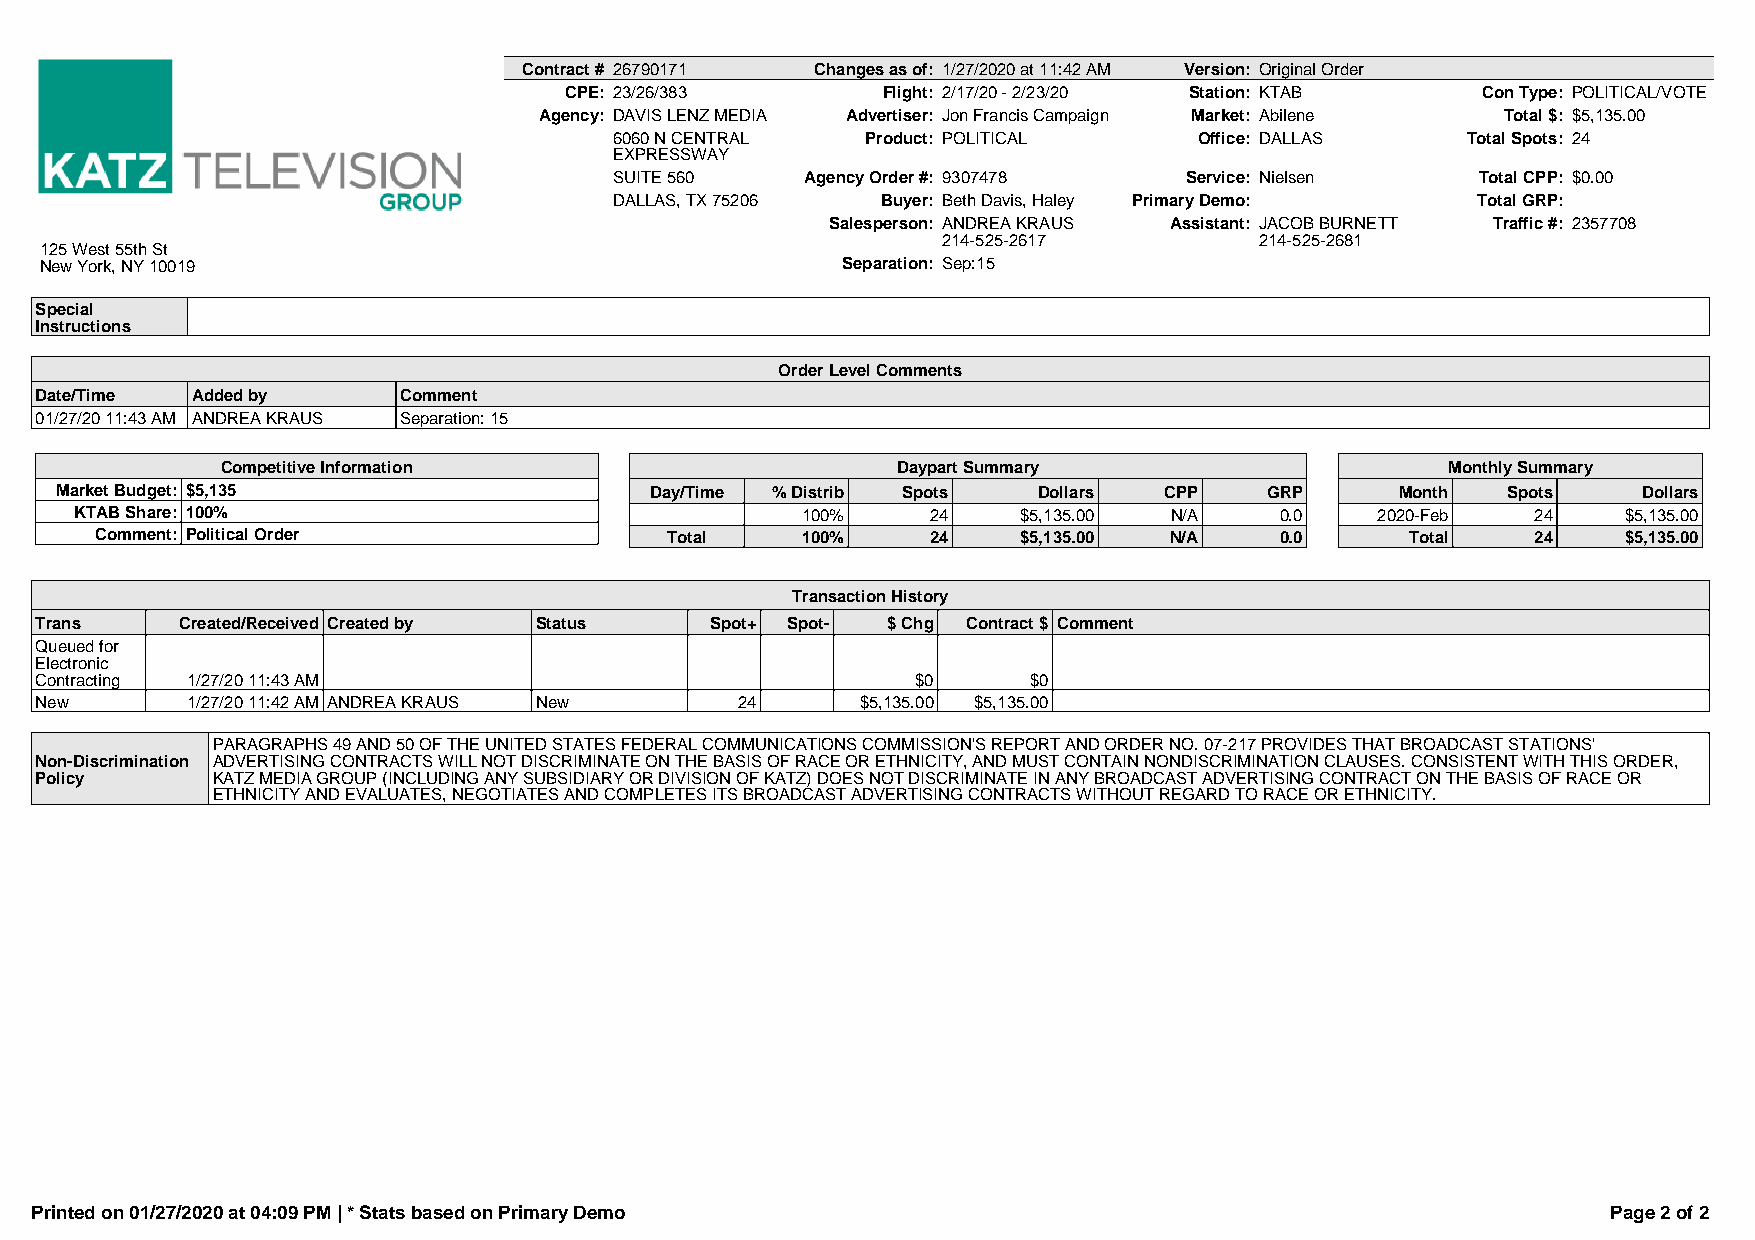
Contract # 26790171 Changes as of: 1/27/2020 at 11:42 AM Version: Original Order
 CPE: 23/26/383       Flight: 2/17/20 - 2/23/20 Station: KTAB Con Type: POLITICAL/VOTE
 Agency: DAVIS LENZ MEDIA Advertiser: Jon Francis Campaign Market: Abilene Total $: $5,135.00
 6060 N CENTRAL  Product: POLITICAL    Office: DALLAS    Total Spots: 24
 EXPRESSWAY
 SUITE 560   Agency Order #: 9307478  Service: Nielsen    Total CPP: $0.00
 DALLAS, TX 75206 Buyer: Beth Davis, Haley Primary Demo:  Total GRP:
 Salesperson: ANDREA KRAUS Assistant: JACOB BURNETT Traffic #: 2357708
 214-525-2617         214-525-2681
 125 West 55th St
 New York, NY 10019                                   Separation: Sep:15
 Special
 Instructions
 Order Level Comments
 Date/Time  Added by     Comment
 01/27/20 11:43 AM ANDREA KRAUS Separation: 15
 Competitive Information                     Daypart Summary                      Monthly Summary
 Market Budget: $5,135                  Day/Time % Distrib Spots  Dollars CPP    GRP      Month  Spots    Dollars
 KTAB Share: 100%                                100%     24    $5,135.00 N/A    0.0   2020-Feb   24    $5,135.00
 Comment: Political Order              Total    100%     24    $5,135.00 N/A    0.0     Total    24    $5,135.00
 Transaction History
 Trans     Created/Received Created by Status Spot+ Spot- $ Chg Contract $ Comment
 Queued for
 Electronic
 Contracting 1/27/20 11:43 AM                               $0     $0
 New       1/27/20 11:42 AM ANDREA KRAUS New    24      $5,135.00 $5,135.00
 PARAGRAPHS 49 AND 50 OF THE UNITED STATES FEDERAL COMMUNICATIONS COMMISSION'S REPORT AND ORDER NO. 07-217 PROVIDES THAT BROADCAST STATIONS'
 Non-Discrimination ADVERTISING CONTRACTS WILL NOT DISCRIMINATE ON THE BASIS OF RACE OR ETHNICITY, AND MUST CONTAIN NONDISCRIMINATION CLAUSES. CONSISTENT WITH THIS ORDER,
 Policy      KATZ MEDIA GROUP (INCLUDING ANY SUBSIDIARY OR DIVISION OF KATZ) DOES NOT DISCRIMINATE IN ANY BROADCAST ADVERTISING CONTRACT ON THE BASIS OF RACE OR
 ETHNICITY AND EVALUATES, NEGOTIATES AND COMPLETES ITS BROADCAST ADVERTISING CONTRACTS WITHOUT REGARD TO RACE OR ETHNICITY.
 Printed on 01/27/2020 at 04:09 PM | * Stats based on Primary Demo                                        Page 2 of 2